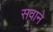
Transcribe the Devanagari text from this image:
सवाने